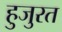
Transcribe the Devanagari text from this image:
हुजुरत